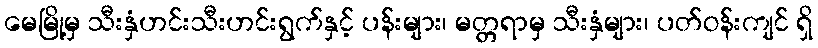
မေမြို့မှ သီးနှံဟင်းသီးဟင်းရွက်နှင့် ပန်းများ၊ မတ္တရာမှ သီးနှံများ၊ ပတ်ဝန်းကျင် ရှိ